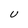
Character: U